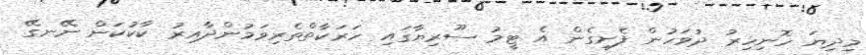
މިދިޔަ ހޮނިހިރު ދުވަހުން ފެށިގެން އެ ޓީމު ސޫރިޔާގައި ހަރަކާތްތެރިވަމުންދާއިރު ކާކުކަން ނޭނގޭ